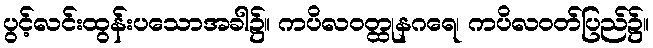
ပွင့်လင်းထွန်းပသောအခါ၌။ ကပိလဝတ္ထုနဂရေ၊ ကပိလဝတ်ပြည်၌။